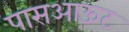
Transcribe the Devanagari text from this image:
पासआऊट